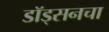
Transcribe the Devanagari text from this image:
डॉड्सनचा